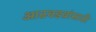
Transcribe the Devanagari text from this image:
आठवडय़ांसाठी